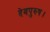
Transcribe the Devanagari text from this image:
देवपुरुष।